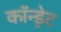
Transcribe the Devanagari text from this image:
कॉन्ड्रेट